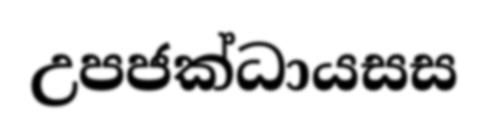
උපජක්ධායසස